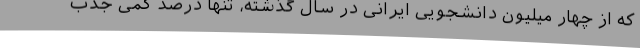
که از چهار میلیون دانشجویی ایرانی در سال گذشته، تنها درصد کمی جذب